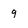
Character: 9